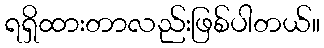
ရရှိထားတာလည်းဖြစ်ပါတယ်။